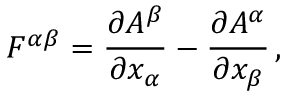
F ^ { \alpha \beta } = { \frac { \partial A ^ { \beta } } { \partial x _ { \alpha } } } - { \frac { \partial A ^ { \alpha } } { \partial x _ { \beta } } } \, ,